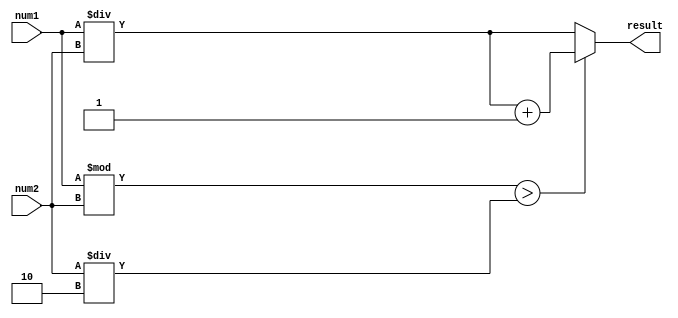
module fixed_point_divider (
    input [15:0] num1,
    input [15:0] num2,
    output reg [15:0] result
);

reg [15:0] quotient;
reg [15:0] remainder;
reg [15:0] temp_result;

always @(*)
begin
    // Division algorithm to determine quotient
    quotient = num1 / num2;
    remainder = num1 % num2;
    
    // Handle carry and overflow
    if(remainder > num2/2)
        result = quotient + 1;
    else
        result = quotient;
end

endmodule